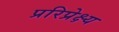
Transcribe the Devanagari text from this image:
प्ररिप्रेक्ष्य